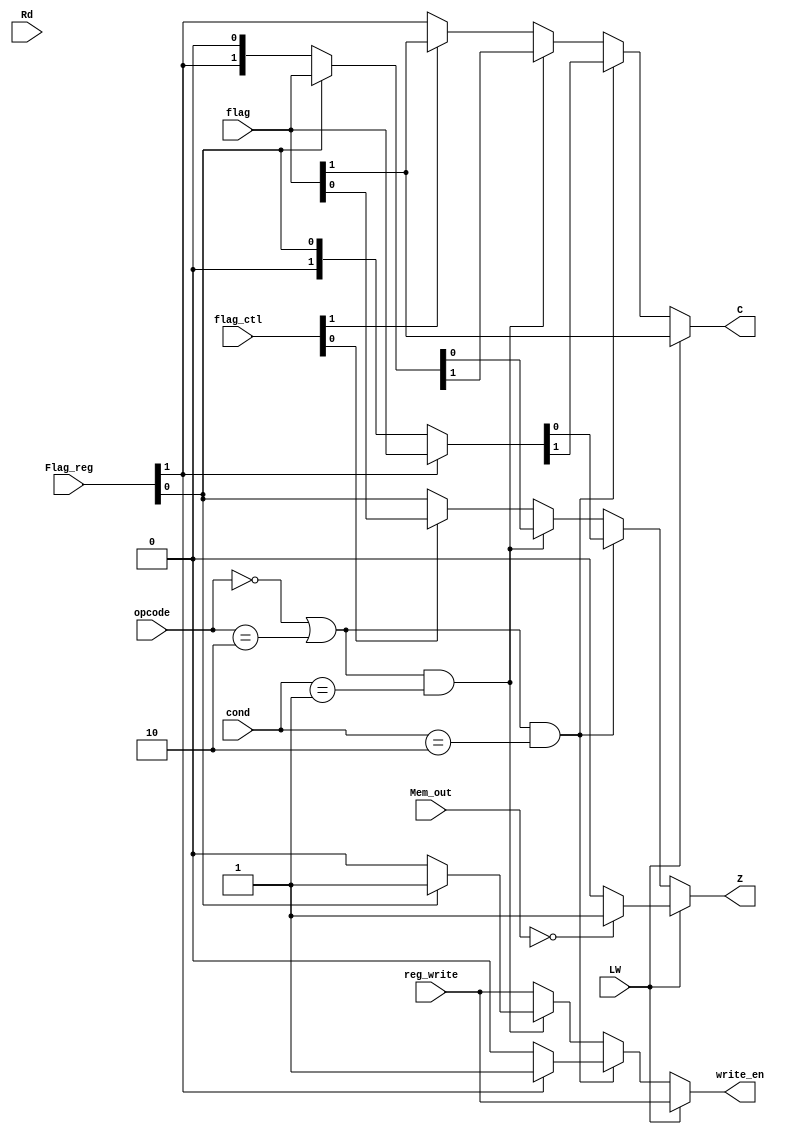
module condition_control(Rd,reg_write,cond,flag,Flag_reg,opcode,Mem_out,C,Z,write_en,LW,flag_ctl);
	input [1:0] cond,flag,Flag_reg,flag_ctl; // flag from EX_Mem ,,,,, flag_reg from main flags
	input [3:0] opcode;
	input [2:0] Rd;
	input [15:0] Mem_out;
	input reg_write,LW;
	output reg write_en;
	output reg C,Z;
	//reg write_en;
	//wire temp;
	
	//R7_wr_handler R7handle(.opcode(opcode),.Rd(Rd),.wr(temp),.write_enable(write_en));
   //assign temp=write_en;
	
	always @(*)
		begin
			if(LW)
				begin
					if(Mem_out==16'b0)
							begin
								C = flag[1];	
								Z = 1'b1;	
								write_en = reg_write;	
							end
					else
							begin
								C = flag[1];
								Z = 1'b0;
								write_en = reg_write;
							end
				end
		
			else if((opcode==4'b0000 || opcode==4'b0010) && cond==2'b10 )   //ADC or NDC 
				begin
					if(Flag_reg[1])
						begin
							write_en=1'b1;
							{C,Z} = flag;
						end	
					else
						begin
							write_en=1'b0;
							{C,Z} = Flag_reg;
						end
				end
			
			
			else if((opcode==4'b0000 || opcode==4'b0010) && cond==2'b01)   //ADZ or NDZ 
				begin
					if(Flag_reg[0])
						begin
							write_en=1'b1;
							{C,Z} = flag;
						end
					else
						begin
							write_en=1'b0;
							{C,Z} = Flag_reg;
						end
				end		
			else 
				begin                    // for other cases if flag control allows then update main flag else same.
						write_en=reg_write;
						if(flag_ctl[0]) // if Z_control==1							
								Z = flag[0];
						else
								Z = Flag_reg[0];
						if(flag_ctl[1])   /// if CY_control==1
								C = flag[1];
						else
								C = Flag_reg[1];
				end
		end
	



endmodule